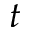
{ t }